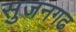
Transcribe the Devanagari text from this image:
सुजनगढ